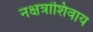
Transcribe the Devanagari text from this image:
नक्षत्रांशिवाय